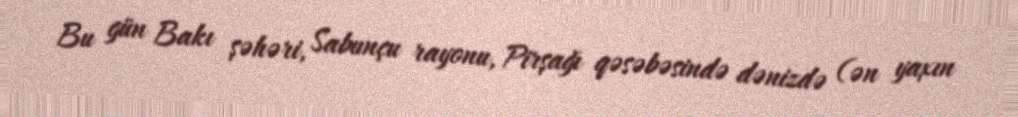
Bu gün Bakı şəhəri, Sabunçu rayonu, Pirşağı qəsəbəsində dənizdə (ən yaxın